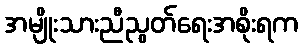
အမျိုးသားညီညွတ်ရေးအစိုးရက